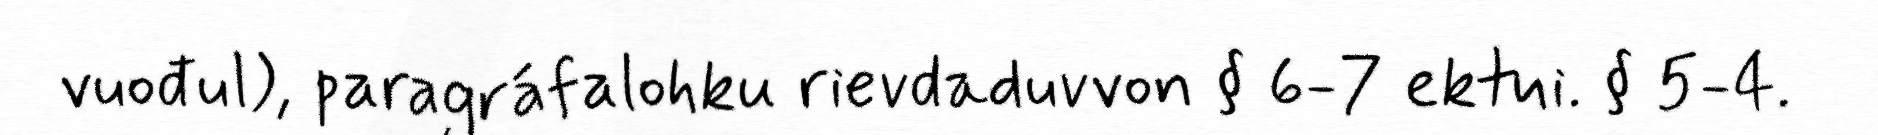
vuođul), paragráfalohku rievdaduvvon § 6-7 ektui. § 5-4.